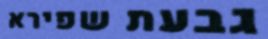
גבעת שפירא